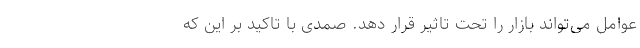
عوامل می‌تواند بازار را تحت تاثیر قرار دهد. صمدی با تاکید بر این که